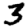
Digit: 3